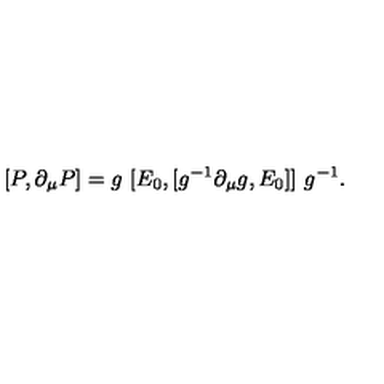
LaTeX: [ P , \partial _ { \mu } P ] = g \ [ E _ { 0 } , [ g ^ { - 1 } \partial _ { \mu } g , E _ { 0 } ] ] \ g ^ { - 1 } .